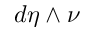
d \eta \wedge \nu